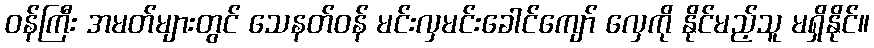
ဝန်ကြီး အမတ်များတွင် သေနတ်ဝန် မင်းလှမင်းခေါင်ကျော် လှေကို နိုင်မည့်သူ မရှိနိုင်။